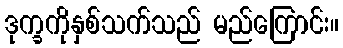
ဒုက္ခကိုနှစ်သက်သည် မည်ကြောင်း။